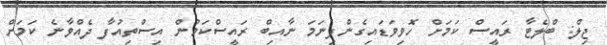
ޖިލް: ބްލެޓާ ރައީސް ކަމަށް ހޮވިވަޑައިގެންފިނަަމަ ނާއިބް ރައީސްކަމުން އިސްތިއުފާ ދެއްވާނެ ކަމަށް